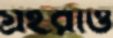
গ্রহরাও